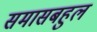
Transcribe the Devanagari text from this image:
समासबहुल